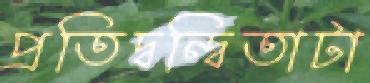
প্রতিদ্বন্দ্বিতাটা